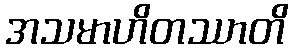
အသမာဟိတဿာတိ